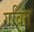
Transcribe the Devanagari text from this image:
गवित